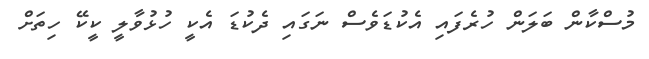
މުސްކާން ބަލަން ހުރެފައި އެކުޑަވެސް ނަގައި ދެކުޑަ އެކީ ހުޅުވާލީ ކީކޭ ހިތަށް